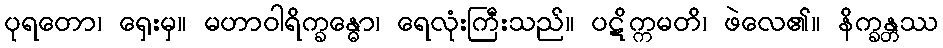
ပုရတော၊ ရှေးမှ။ မဟာဝါရိက္ခန္ဓော၊ ရေလုံးကြီးသည်။ ပဋိက္ကမတိ၊ ဖဲလေ၏။ နိက္ခန္တဿ